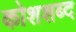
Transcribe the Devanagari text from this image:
कोशशब्द